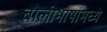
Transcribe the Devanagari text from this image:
बोलीभाषांमध्ये